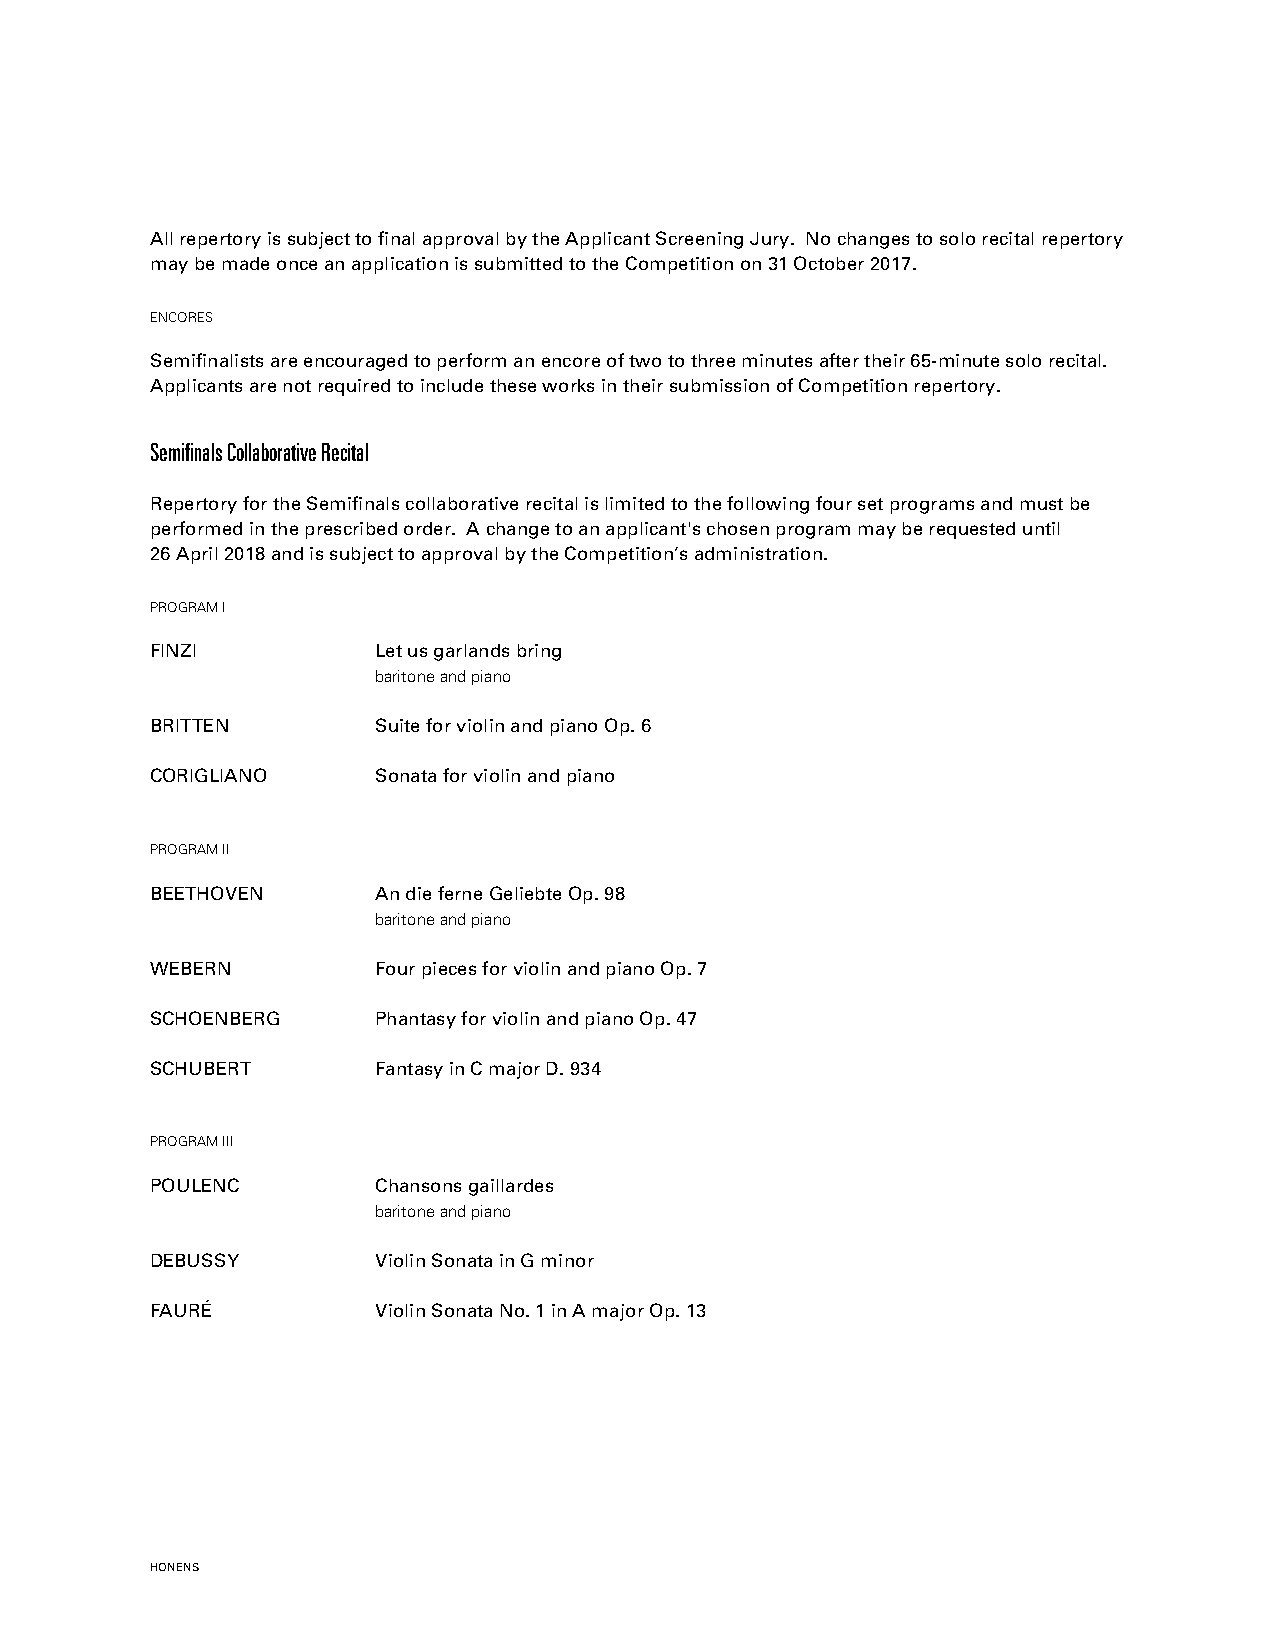
All repertory is subject to final approval by the Applicant Screening Jury. No changes to solo recital repertory
 may be made once an application is submitted to the Competition on 31 October 2017.
 ENCORES
 Semifinalists are encouraged to perform an encore of two to three minutes after their 65-minute solo recital.
 Applicants are not required to include these works in their submission of Competition repertory.
 Semifinals Collaborative Recital
 Repertory for the Semifinals collaborative recital is limited to the following four set programs and must be
 performed in the prescribed order. A change to an applicant's chosen program may be requested until
 26 April 2018 and is subject to approval by the Competition’s administration.
 PROGRAM I
 FINZI          Let us garlands bring
 baritone and piano
 BRITTEN        Suite for violin and piano Op. 6
 CORIGLIANO     Sonata for violin and piano
 PROGRAM II
 BEETHOVEN      An die ferne Geliebte Op. 98
 baritone and piano
 WEBERN         Four pieces for violin and piano Op. 7
 SCHOENBERG     Phantasy for violin and piano Op. 47
 SCHUBERT       Fantasy in C major D. 934
 PROGRAM III
 POULENC        Chansons gaillardes
 baritone and piano
 DEBUSSY        Violin Sonata in G minor
 FAURÉ          Violin Sonata No. 1 in A major Op. 13
 HONENS